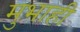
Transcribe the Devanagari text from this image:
मुभाही